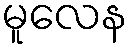
မူလေန